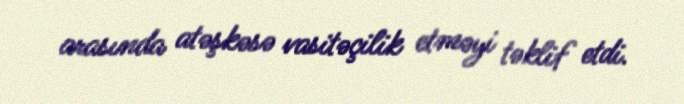
arasında atəşkəsə vasitəçilik etməyi təklif etdi.